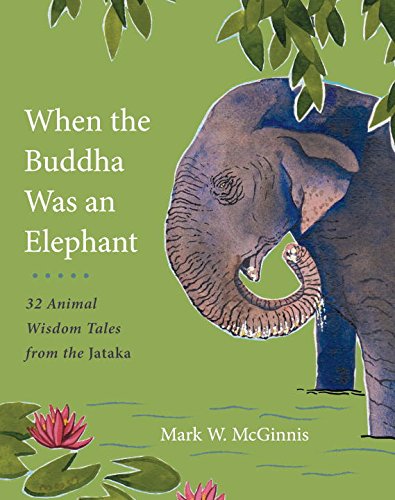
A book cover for When the Buddha Was an Elephant: 32 Animal Wisdom Tales from the Jataka; Mark W. McGinnis; Children's Books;